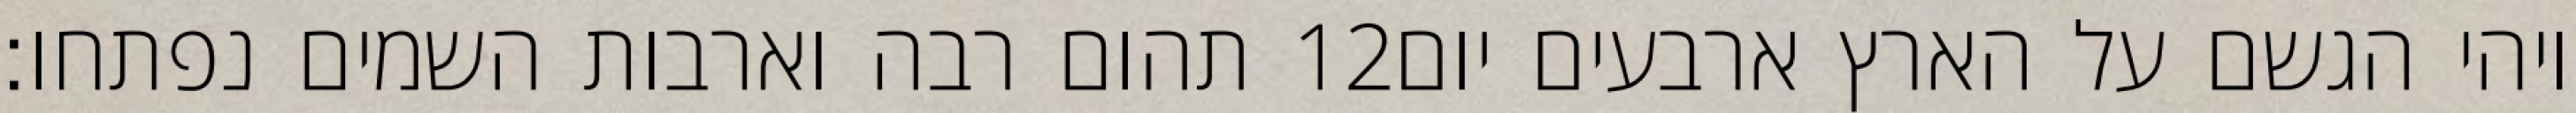
תהום רבה וארבות השמים נפתחו׃ ‎12‏ ויהי הגשם על הארץ ארבעים יום